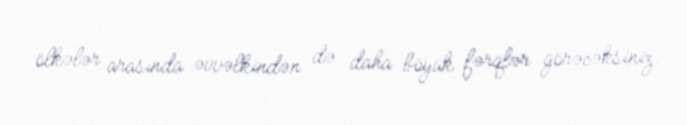
ölkələr arasında əvvəlkindən də daha böyük fərqlər görəcəksiniz.